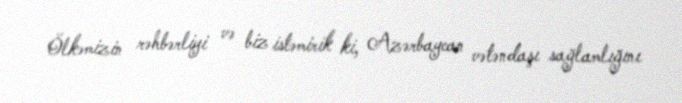
Ölkəmizin rəhbərliyi və biz istəmirik ki, Azərbaycan vətəndaşı sağlamlığını